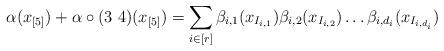
LaTeX: \begin{align*}\alpha(x_{[5]})+ \alpha \circ (3\,\,4)(x_{[5]}) = \sum_{i \in [r]} \beta_{i, 1}(x_{I_{i,1}}) \beta_{i, 2}(x_{I_{i,2}}) \dots \beta_{i, d_i}(x_{I_{i,d_i}})\end{align*}